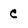
Character: C